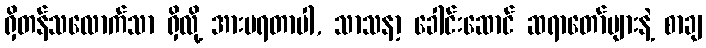
ရှိတန်သလောက်သာ ရှိလို့ အားမရတာပါ, သာသနာ့ ခေါင်းဆောင် ဆရာတော်များနဲ့ စာချ